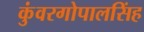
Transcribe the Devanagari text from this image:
कुंवरगोपालसिंह